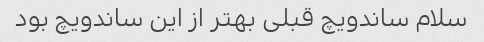
سلام ساندویچ قبلی بهتر از این ساندویچ بود